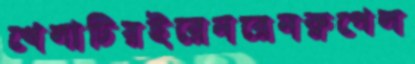
খেলাটিরইরেনরেনরুপেল